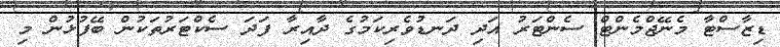
ޑިޒާސްޓާ މެނޭޖްމެންޓް ސެންޓަރު އަދި ދަނޑުވެރިކަމުގެ ދާއިރާ ފަދަ ސެކްޓަރުތަކުން ބޭފުޅުން މި